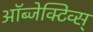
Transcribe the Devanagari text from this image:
ऑब्जेक्टिव्स्